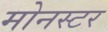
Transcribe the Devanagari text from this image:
मोनस्टर